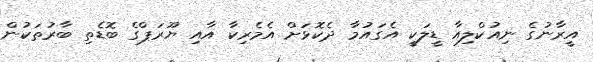
އީރާނުގެ ނިއުކްލިއާ ޑީލަކީ އެގައުމާ ދެކޮޅަށް އެމެރިކާ އާއި ޔޫރަޕްގެ ބޮޑެތި ބާރުތަކުން